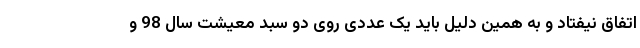
اتفاق نیفتاد و به همین دلیل باید یک عددی روی دو سبد معیشت سال 98 و